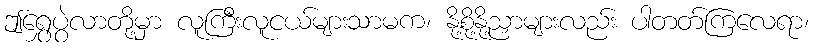
ဤရွှေပွဲလာတို့မှာ လူကြီးလူငယ်များသာမက၊ နို့စို့နို့ညှာများလည်း ပါတတ်ကြလေရာ၊